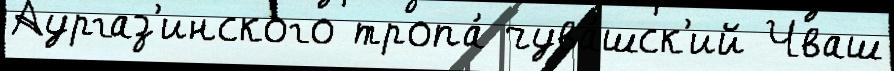
Аургаз'инского тропа́ чува́шск'ий Чваш